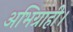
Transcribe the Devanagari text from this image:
अभिग्राही।